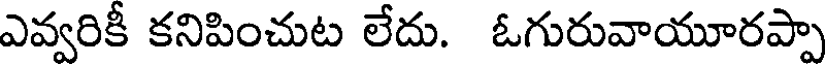
ఎవ్వరికీ కనిపించుట లేదు. ఓగురువాయూరప్పా